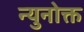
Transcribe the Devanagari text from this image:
न्युनोक्त